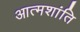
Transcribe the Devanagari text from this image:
आत्मशांति